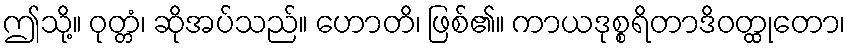
ဤသို့။ ဝုတ္တံ၊ ဆိုအပ်သည်။ ဟောတိ၊ ဖြစ်၏။ ကာယဒုစ္စရိတာဒိဝတ္ထုတော၊